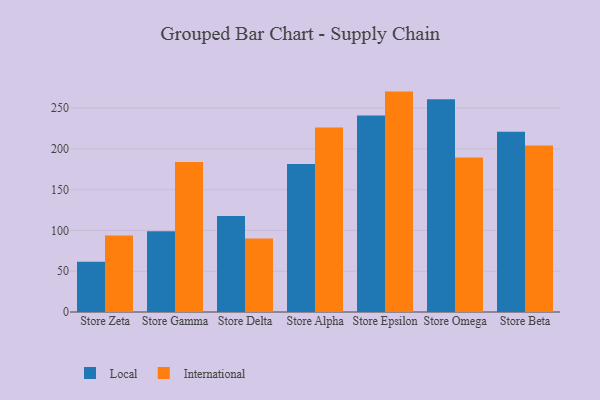
{"axis": {"x": "Store", "y": "Shipments"}, "legend": ["International", "Local"], "data": [{"x": "Store Zeta", "y": 61.5, "type": "Local"}, {"x": "Store Zeta", "y": 93.9, "type": "International"}, {"x": "Store Gamma", "y": 99.1, "type": "Local"}, {"x": "Store Gamma", "y": 183.9, "type": "International"}, {"x": "Store Delta", "y": 117.6, "type": "Local"}, {"x": "Store Delta", "y": 90.0, "type": "International"}, {"x": "Store Alpha", "y": 181.5, "type": "Local"}, {"x": "Store Alpha", "y": 226.2, "type": "International"}, {"x": "Store Epsilon", "y": 240.9, "type": "Local"}, {"x": "Store Epsilon", "y": 270.2, "type": "International"}, {"x": "Store Omega", "y": 260.8, "type": "Local"}, {"x": "Store Omega", "y": 189.4, "type": "International"}, {"x": "Store Beta", "y": 220.9, "type": "Local"}, {"x": "Store Beta", "y": 204.0, "type": "International"}]}